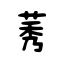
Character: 莠